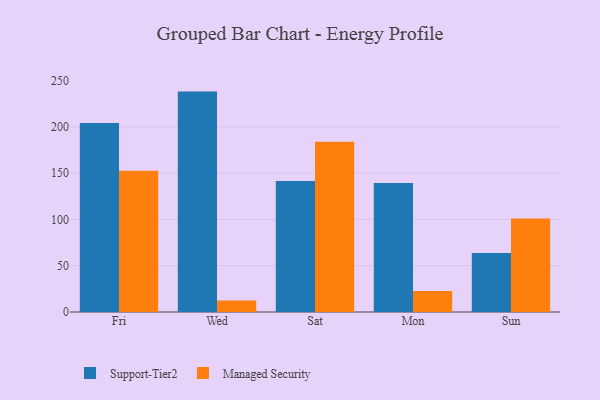
{"axis": {"x": "Day", "y": "Revenue (USD Million)"}, "legend": ["Managed Security", "Support-Tier2"], "data": [{"x": "Fri", "y": 204.2, "type": "Support-Tier2"}, {"x": "Fri", "y": 152.6, "type": "Managed Security"}, {"x": "Wed", "y": 238.1, "type": "Support-Tier2"}, {"x": "Wed", "y": 12.5, "type": "Managed Security"}, {"x": "Sat", "y": 141.4, "type": "Support-Tier2"}, {"x": "Sat", "y": 184.0, "type": "Managed Security"}, {"x": "Mon", "y": 139.4, "type": "Support-Tier2"}, {"x": "Mon", "y": 22.7, "type": "Managed Security"}, {"x": "Sun", "y": 63.7, "type": "Support-Tier2"}, {"x": "Sun", "y": 101.1, "type": "Managed Security"}]}